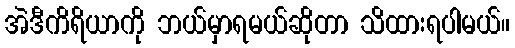
အဲဒီကိရိယာကို ဘယ်မှာရမယ်ဆိုတာ သိထားရပါမယ်။